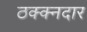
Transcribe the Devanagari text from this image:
ठक्क्नदार